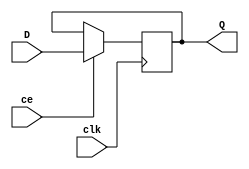
// 8-bit register with CE

module Reg8(
    input clk,
    input ce,
    input [7:0] D,
    output [7:0] Q
    );

    reg [7:0] data_ff = 0;

    always @(posedge clk) begin
        if (ce) begin
            data_ff <= D;
        end
    end

    assign Q = data_ff;

endmodule